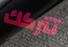
تتركك